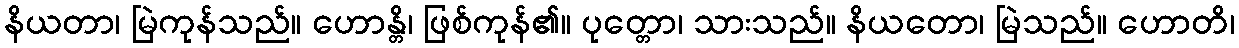
နိယတာ၊ မြဲကုန်သည်။ ဟောန္တိ၊ ဖြစ်ကုန်၏။ ပုတ္တော၊ သားသည်။ နိယတော၊ မြဲသည်။ ဟောတိ၊